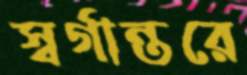
স্বর্গান্তরে